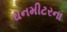
ઘનમીટરના